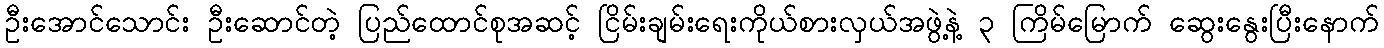
ဦးအောင်သောင်း ဦးဆောင်တဲ့ ပြည်ထောင်စုအဆင့် ငြိမ်းချမ်းရေးကိုယ်စားလှယ်အဖွဲ့နဲ့ ၃ ကြိမ်မြောက် ဆွေးနွေးပြီးနောက်